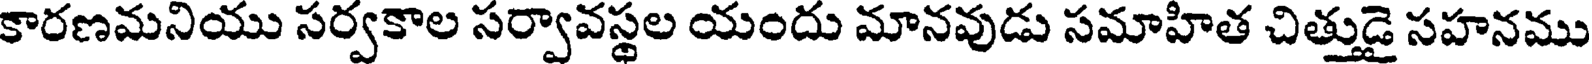
కారణమనియు సర్వకాల సర్వావస్థల యందు మానవుడు సమాహిత చిత్తుడై సహనము